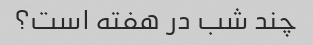
چند شب در هفته است؟